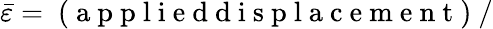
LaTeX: \bar{\varepsilon}=\mathrm{~(~a~p~p~l~i~e~d~d~i~s~p~l~a~c~e~m~e~n~t~)~}/